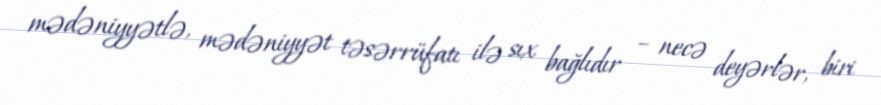
mədəniyyətlə, mədəniyyət təsərrüfatı ilə sıx bağlıdır – necə deyərlər, biri